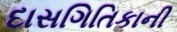
દાસગિતિકાની